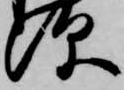
深